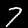
Label: 7